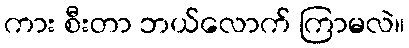
ကား စီးတာ ဘယ်လောက် ကြာမလဲ။